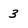
Character: 3